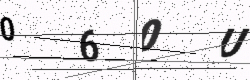
Text: 060U